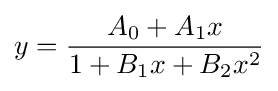
y={\frac {A_{0}+A_{1}x}{1+B_{1}x+B_{2}x^{2}}}